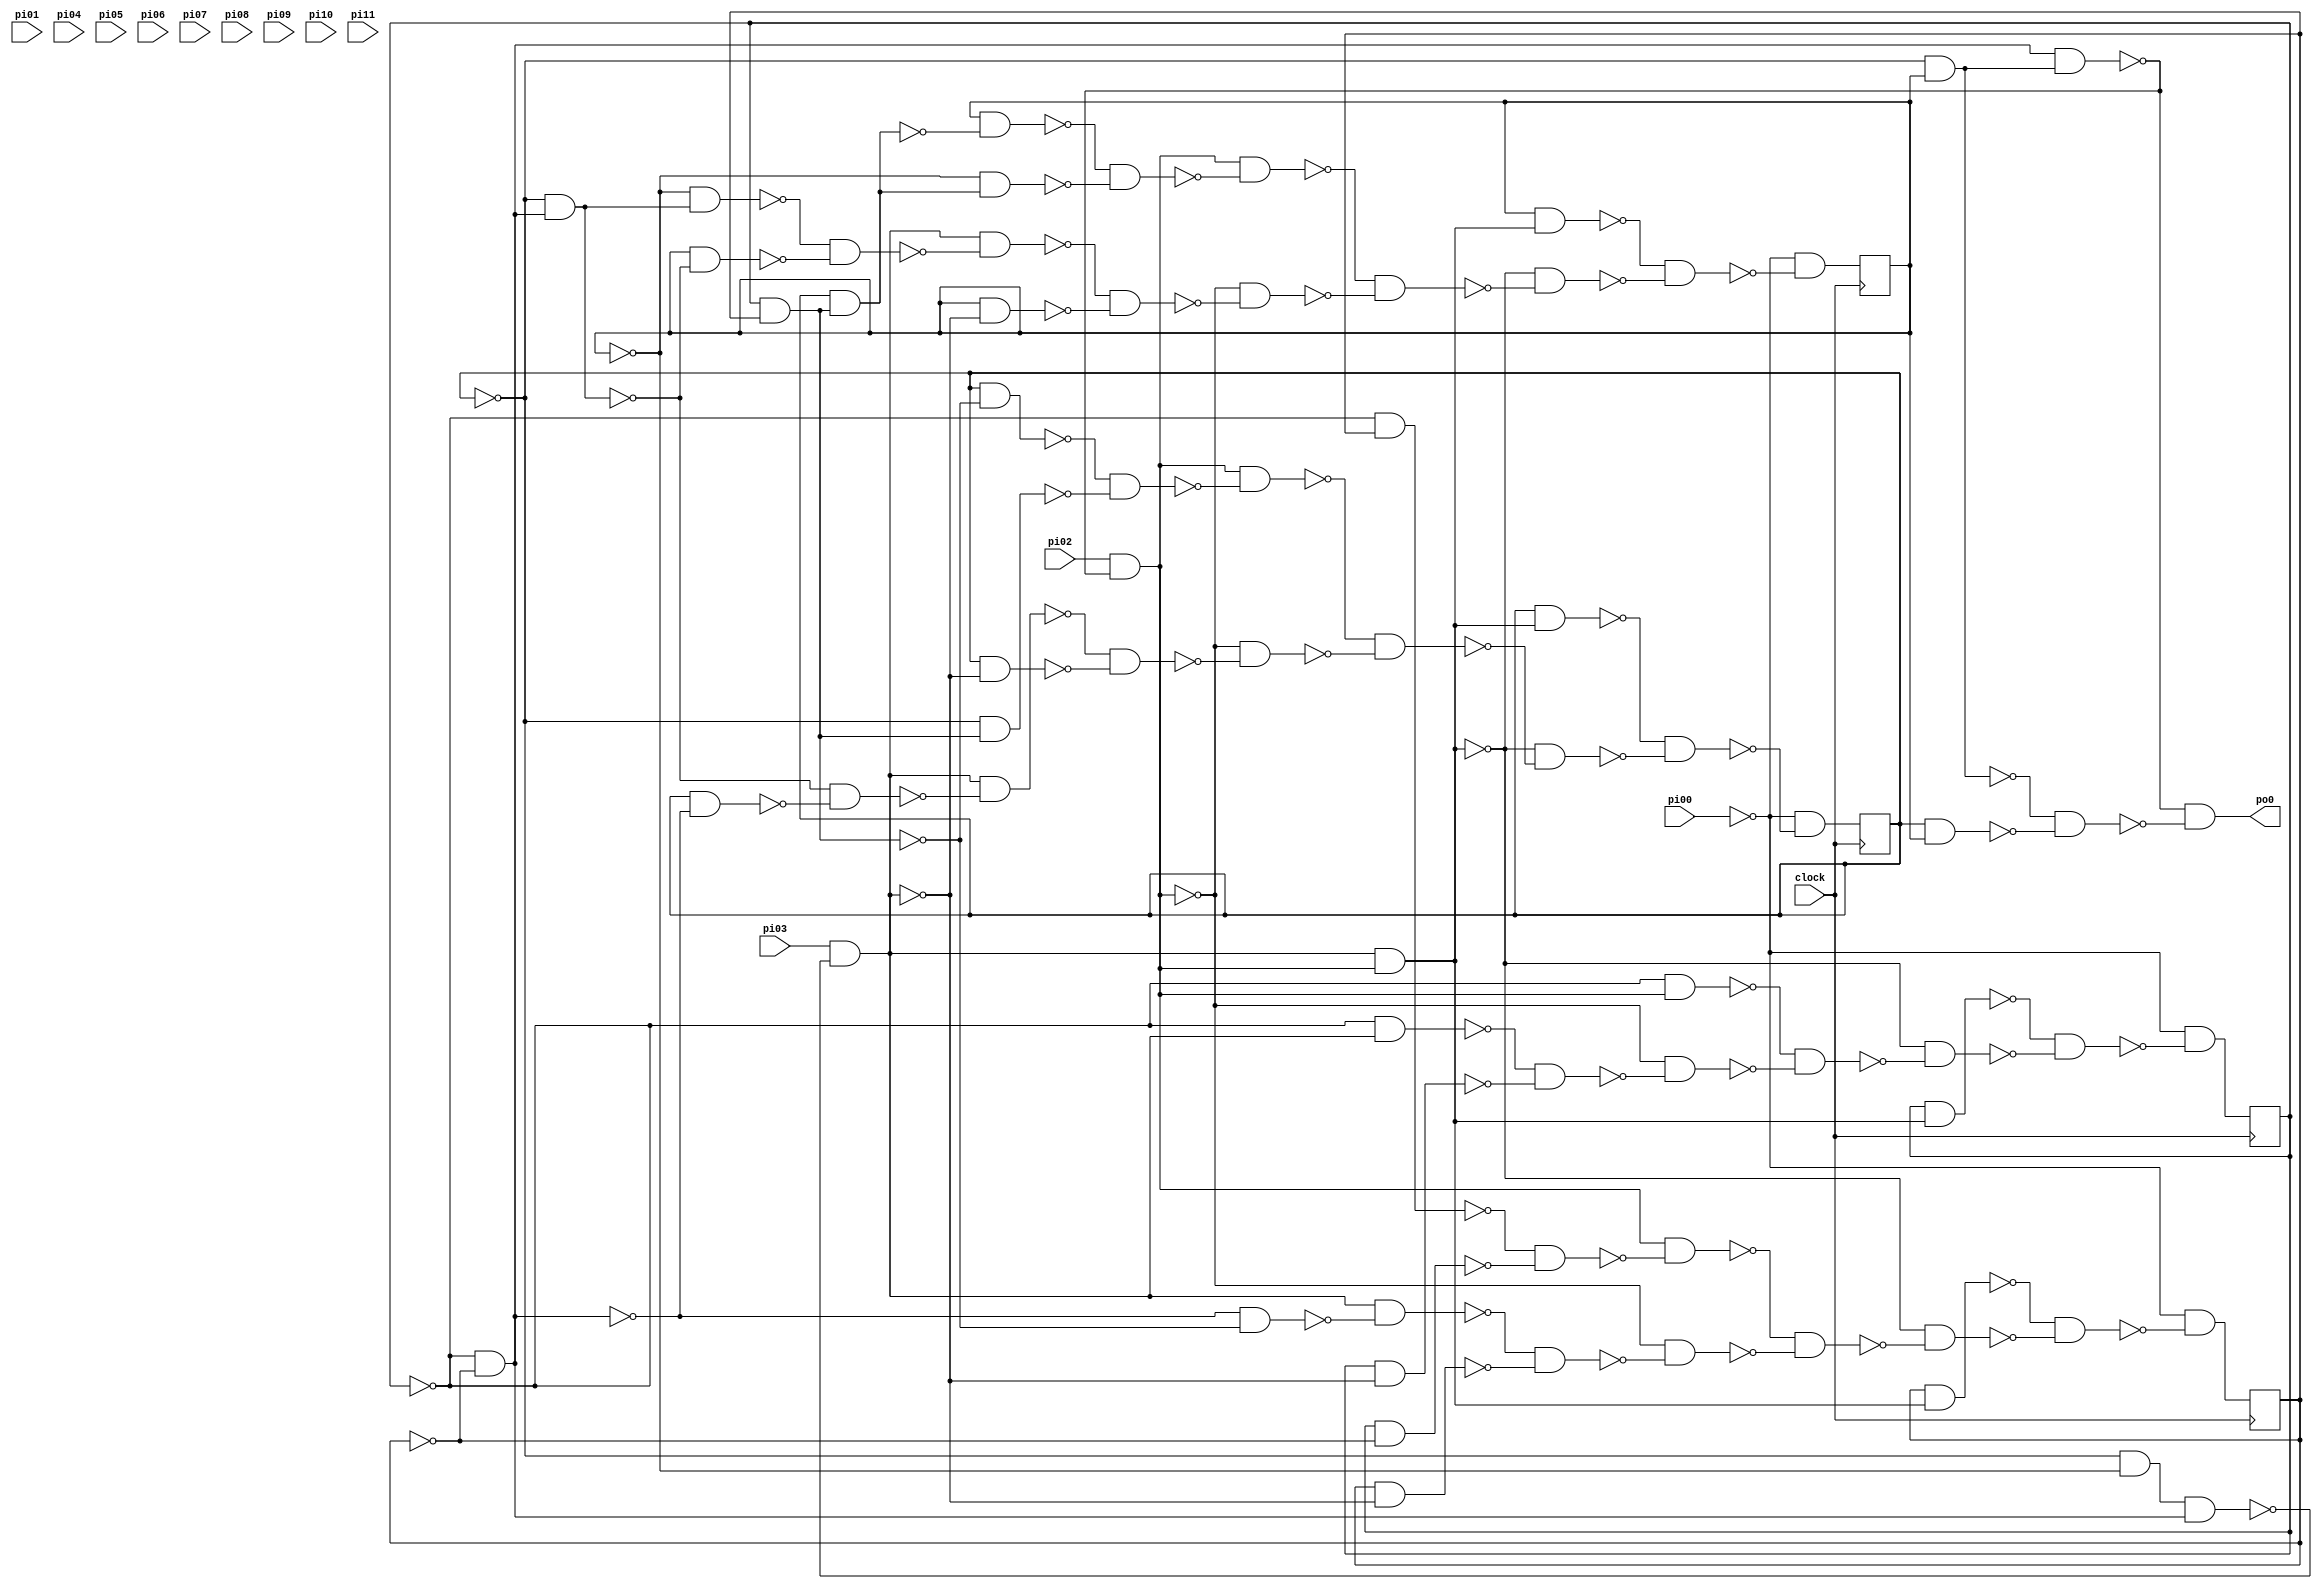
// Benchmark "fifo" written by ABC on Thu Apr 25 21:52:19 2024

module fifo ( clock, 
    pi00, pi01, pi02, pi03, pi04, pi05, pi06, pi07, pi08, pi09, pi10, pi11,
    po0  );
  input  clock;
  input  pi00, pi01, pi02, pi03, pi04, pi05, pi06, pi07, pi08, pi09,
    pi10, pi11;
  output po0;
  reg lo00, lo01, lo02, lo03, lo04, lo05, lo06, lo07, lo08, lo09, lo10,
    lo11, lo12, lo13, lo14, lo15, lo16, lo17, lo18, lo19, lo20, lo21, lo22,
    lo23, lo24, lo25, lo26, lo27, lo28, lo29, lo30, lo31, lo32, lo33, lo34,
    lo35, lo36, lo37, lo38, lo39, lo40, lo41, lo42, lo43, lo44, lo45, lo46,
    lo47, lo48, lo49, lo50, lo51, lo52, lo53, lo54, lo55, lo56, lo57, lo58,
    lo59, lo60, lo61, lo62, lo63, lo64, lo65, lo66, lo67, lo68, lo69, lo70,
    lo71, lo72, lo73, lo74, lo75, lo76, lo77, lo78, lo79, lo80, lo81;
  wire new_n260, new_n261, new_n262, new_n263, new_n264, new_n265, new_n266,
    new_n267, new_n268, new_n269, new_n270, new_n271, new_n272, new_n273,
    new_n274, new_n275, new_n276, new_n277, new_n278, new_n279, new_n280,
    new_n281, new_n282, new_n283, new_n284, new_n285, new_n286, new_n287,
    new_n289, new_n290, new_n291, new_n292, new_n293, new_n294, new_n295,
    new_n296, new_n297, new_n298, new_n299, new_n300, new_n301, new_n302,
    new_n303, new_n304, new_n305, new_n306, new_n307, new_n308, new_n309,
    new_n310, new_n311, new_n312, new_n314, new_n315, new_n316, new_n317,
    new_n318, new_n319, new_n320, new_n321, new_n322, new_n323, new_n324,
    new_n325, new_n326, new_n327, new_n328, new_n329, new_n330, new_n331,
    new_n332, new_n333, new_n334, new_n335, new_n336, new_n337, new_n339,
    new_n340, new_n341, new_n342, new_n343, new_n344, new_n345, new_n346,
    new_n347, new_n348, new_n349, new_n350, new_n351, new_n352, new_n353,
    new_n354, new_n355, new_n356, new_n357, new_n358, new_n359, new_n360,
    new_n361, new_n362, new_n364, new_n365, new_n366, new_n367, new_n368,
    new_n369, new_n370, new_n371, new_n372, new_n373, new_n374, new_n375,
    new_n376, new_n377, new_n378, new_n379, new_n380, new_n381, new_n382,
    new_n383, new_n384, new_n385, new_n386, new_n387, new_n389, new_n390,
    new_n391, new_n392, new_n393, new_n394, new_n395, new_n396, new_n397,
    new_n398, new_n399, new_n400, new_n401, new_n402, new_n403, new_n404,
    new_n405, new_n406, new_n407, new_n408, new_n409, new_n410, new_n411,
    new_n412, new_n414, new_n415, new_n416, new_n417, new_n418, new_n419,
    new_n420, new_n421, new_n422, new_n423, new_n424, new_n425, new_n426,
    new_n427, new_n428, new_n429, new_n430, new_n431, new_n432, new_n433,
    new_n434, new_n435, new_n436, new_n437, new_n439, new_n440, new_n441,
    new_n442, new_n443, new_n444, new_n445, new_n446, new_n447, new_n448,
    new_n449, new_n450, new_n451, new_n452, new_n453, new_n454, new_n455,
    new_n456, new_n457, new_n458, new_n459, new_n460, new_n461, new_n462,
    new_n464, new_n465, new_n466, new_n467, new_n468, new_n469, new_n470,
    new_n471, new_n472, new_n473, new_n474, new_n475, new_n476, new_n478,
    new_n479, new_n480, new_n481, new_n482, new_n483, new_n484, new_n485,
    new_n486, new_n487, new_n488, new_n489, new_n490, new_n491, new_n493,
    new_n494, new_n495, new_n496, new_n497, new_n498, new_n499, new_n500,
    new_n501, new_n502, new_n503, new_n504, new_n505, new_n506, new_n507,
    new_n509, new_n510, new_n511, new_n512, new_n513, new_n514, new_n515,
    new_n516, new_n517, new_n518, new_n519, new_n520, new_n521, new_n522,
    new_n523, new_n524, new_n526, new_n527, new_n528, new_n530, new_n531,
    new_n532, new_n533, new_n534, new_n535, new_n537, new_n538, new_n539,
    new_n540, new_n541, new_n542, new_n543, new_n545, new_n546, new_n547,
    new_n549, new_n550, new_n551, new_n552, new_n553, new_n554, new_n556,
    new_n557, new_n558, new_n559, new_n560, new_n561, new_n562, new_n564,
    new_n565, new_n566, new_n567, new_n568, new_n569, new_n570, new_n571,
    new_n572, new_n573, new_n574, new_n575, new_n576, new_n577, new_n578,
    new_n579, new_n580, new_n581, new_n582, new_n583, new_n584, new_n585,
    new_n586, new_n587, new_n588, new_n589, new_n590, new_n591, new_n592,
    new_n593, new_n594, new_n595, new_n596, new_n597, new_n598, new_n599,
    new_n600, new_n602, new_n603, new_n604, new_n605, new_n606, new_n607,
    new_n608, new_n609, new_n610, new_n611, new_n612, new_n613, new_n614,
    new_n615, new_n616, new_n617, new_n618, new_n619, new_n620, new_n621,
    new_n622, new_n623, new_n624, new_n625, new_n626, new_n627, new_n628,
    new_n629, new_n631, new_n632, new_n633, new_n634, new_n635, new_n636,
    new_n637, new_n638, new_n639, new_n640, new_n641, new_n642, new_n643,
    new_n644, new_n645, new_n646, new_n647, new_n648, new_n649, new_n650,
    new_n651, new_n652, new_n653, new_n654, new_n655, new_n656, new_n657,
    new_n658, new_n660, new_n661, new_n662, new_n663, new_n664, new_n665,
    new_n666, new_n667, new_n668, new_n669, new_n670, new_n671, new_n672,
    new_n673, new_n674, new_n675, new_n676, new_n677, new_n678, new_n679,
    new_n680, new_n681, new_n682, new_n683, new_n684, new_n685, new_n686,
    new_n687, new_n689, new_n690, new_n691, new_n692, new_n693, new_n694,
    new_n695, new_n696, new_n697, new_n698, new_n699, new_n700, new_n701,
    new_n702, new_n703, new_n704, new_n705, new_n706, new_n707, new_n708,
    new_n709, new_n710, new_n711, new_n712, new_n713, new_n714, new_n715,
    new_n716, new_n718, new_n719, new_n720, new_n721, new_n722, new_n723,
    new_n724, new_n725, new_n726, new_n727, new_n728, new_n729, new_n730,
    new_n731, new_n732, new_n733, new_n734, new_n735, new_n736, new_n737,
    new_n738, new_n739, new_n740, new_n741, new_n742, new_n743, new_n744,
    new_n745, new_n747, new_n748, new_n749, new_n750, new_n751, new_n752,
    new_n753, new_n754, new_n755, new_n756, new_n757, new_n758, new_n759,
    new_n760, new_n761, new_n762, new_n763, new_n764, new_n765, new_n766,
    new_n767, new_n768, new_n769, new_n770, new_n771, new_n772, new_n773,
    new_n774, new_n776, new_n777, new_n778, new_n779, new_n780, new_n781,
    new_n782, new_n783, new_n784, new_n785, new_n786, new_n787, new_n788,
    new_n789, new_n790, new_n791, new_n792, new_n793, new_n794, new_n795,
    new_n796, new_n797, new_n798, new_n799, new_n800, new_n801, new_n802,
    new_n803, new_n805, new_n806, new_n807, new_n808, new_n809, new_n810,
    new_n811, new_n812, new_n813, new_n815, new_n816, new_n817, new_n818,
    new_n819, new_n821, new_n822, new_n823, new_n824, new_n825, new_n827,
    new_n828, new_n829, new_n830, new_n831, new_n833, new_n834, new_n835,
    new_n836, new_n837, new_n839, new_n840, new_n841, new_n842, new_n843,
    new_n845, new_n846, new_n847, new_n848, new_n849, new_n851, new_n852,
    new_n853, new_n854, new_n855, new_n857, new_n858, new_n859, new_n860,
    new_n861, new_n862, new_n863, new_n864, new_n865, new_n866, new_n867,
    new_n869, new_n870, new_n871, new_n872, new_n873, new_n875, new_n876,
    new_n877, new_n878, new_n879, new_n881, new_n882, new_n883, new_n884,
    new_n885, new_n887, new_n888, new_n889, new_n890, new_n891, new_n893,
    new_n894, new_n895, new_n896, new_n897, new_n899, new_n900, new_n901,
    new_n902, new_n903, new_n905, new_n906, new_n907, new_n908, new_n909,
    new_n911, new_n912, new_n913, new_n914, new_n915, new_n916, new_n917,
    new_n918, new_n919, new_n920, new_n921, new_n923, new_n924, new_n925,
    new_n926, new_n927, new_n929, new_n930, new_n931, new_n932, new_n933,
    new_n935, new_n936, new_n937, new_n938, new_n939, new_n941, new_n942,
    new_n943, new_n944, new_n945, new_n947, new_n948, new_n949, new_n950,
    new_n951, new_n953, new_n954, new_n955, new_n956, new_n957, new_n959,
    new_n960, new_n961, new_n962, new_n963, new_n965, new_n966, new_n967,
    new_n968, new_n969, new_n970, new_n971, new_n972, new_n973, new_n975,
    new_n976, new_n977, new_n978, new_n979, new_n981, new_n982, new_n983,
    new_n984, new_n985, new_n987, new_n988, new_n989, new_n990, new_n991,
    new_n993, new_n994, new_n995, new_n996, new_n997, new_n999, new_n1000,
    new_n1001, new_n1002, new_n1003, new_n1005, new_n1006, new_n1007,
    new_n1008, new_n1009, new_n1011, new_n1012, new_n1013, new_n1014,
    new_n1015, new_n1017, new_n1018, new_n1019, new_n1020, new_n1021,
    new_n1022, new_n1023, new_n1024, new_n1025, new_n1027, new_n1028,
    new_n1029, new_n1030, new_n1031, new_n1033, new_n1034, new_n1035,
    new_n1036, new_n1037, new_n1039, new_n1040, new_n1041, new_n1042,
    new_n1043, new_n1045, new_n1046, new_n1047, new_n1048, new_n1049,
    new_n1051, new_n1052, new_n1053, new_n1054, new_n1055, new_n1057,
    new_n1058, new_n1059, new_n1060, new_n1061, new_n1063, new_n1064,
    new_n1065, new_n1066, new_n1067, new_n1069, new_n1070, new_n1071,
    new_n1072, new_n1073, new_n1074, new_n1075, new_n1076, new_n1077,
    new_n1078, new_n1079, new_n1081, new_n1082, new_n1083, new_n1084,
    new_n1085, new_n1087, new_n1088, new_n1089, new_n1090, new_n1091,
    new_n1093, new_n1094, new_n1095, new_n1096, new_n1097, new_n1099,
    new_n1100, new_n1101, new_n1102, new_n1103, new_n1105, new_n1106,
    new_n1107, new_n1108, new_n1109, new_n1111, new_n1112, new_n1113,
    new_n1114, new_n1115, new_n1117, new_n1118, new_n1119, new_n1120,
    new_n1121, new_n1123, new_n1124, new_n1125, new_n1126, new_n1127,
    new_n1128, new_n1129, new_n1130, new_n1131, new_n1133, new_n1134,
    new_n1135, new_n1136, new_n1137, new_n1139, new_n1140, new_n1141,
    new_n1142, new_n1143, new_n1145, new_n1146, new_n1147, new_n1148,
    new_n1149, new_n1151, new_n1152, new_n1153, new_n1154, new_n1155,
    new_n1157, new_n1158, new_n1159, new_n1160, new_n1161, new_n1163,
    new_n1164, new_n1165, new_n1166, new_n1167, new_n1169, new_n1170,
    new_n1171, new_n1172, new_n1173, new_n1175, new_n1176, li00, li01,
    li02, li03, li04, li05, li06, li07, li08, li09, li10, li11, li12, li13,
    li14, li15, li16, li17, li18, li19, li20, li21, li22, li23, li24, li25,
    li26, li27, li28, li29, li30, li31, li32, li33, li34, li35, li36, li37,
    li38, li39, li40, li41, li42, li43, li44, li45, li46, li47, li48, li49,
    li50, li51, li52, li53, li54, li55, li56, li57, li58, li59, li60, li61,
    li62, li63, li64, li65, li66, li67, li68, li69, li70, li71, li72, li73,
    li74, li75, li76, li77, li78, li79, li80, li81;
  assign new_n260 = lo12 & lo34;
  assign new_n261 = ~lo12 & lo58;
  assign new_n262 = ~new_n260 & ~new_n261;
  assign new_n263 = lo13 & ~new_n262;
  assign new_n264 = lo12 & lo66;
  assign new_n265 = ~lo12 & lo74;
  assign new_n266 = ~new_n264 & ~new_n265;
  assign new_n267 = ~lo13 & ~new_n266;
  assign new_n268 = ~new_n263 & ~new_n267;
  assign new_n269 = lo14 & ~new_n268;
  assign new_n270 = lo12 & lo26;
  assign new_n271 = ~lo12 & lo18;
  assign new_n272 = ~new_n270 & ~new_n271;
  assign new_n273 = lo13 & ~new_n272;
  assign new_n274 = lo12 & lo42;
  assign new_n275 = ~lo12 & lo50;
  assign new_n276 = ~new_n274 & ~new_n275;
  assign new_n277 = ~lo13 & ~new_n276;
  assign new_n278 = ~new_n273 & ~new_n277;
  assign new_n279 = ~lo14 & ~new_n278;
  assign new_n280 = ~new_n269 & ~new_n279;
  assign new_n281 = ~lo10 & ~lo11;
  assign new_n282 = ~lo08 & ~lo09;
  assign new_n283 = new_n281 & new_n282;
  assign new_n284 = pi03 & ~new_n283;
  assign new_n285 = ~new_n280 & new_n284;
  assign new_n286 = lo00 & ~new_n284;
  assign new_n287 = ~new_n285 & ~new_n286;
  assign li00 = ~pi00 & ~new_n287;
  assign new_n289 = lo12 & lo35;
  assign new_n290 = ~lo12 & lo59;
  assign new_n291 = ~new_n289 & ~new_n290;
  assign new_n292 = lo13 & ~new_n291;
  assign new_n293 = lo12 & lo67;
  assign new_n294 = ~lo12 & lo75;
  assign new_n295 = ~new_n293 & ~new_n294;
  assign new_n296 = ~lo13 & ~new_n295;
  assign new_n297 = ~new_n292 & ~new_n296;
  assign new_n298 = lo14 & ~new_n297;
  assign new_n299 = lo12 & lo27;
  assign new_n300 = ~lo12 & lo19;
  assign new_n301 = ~new_n299 & ~new_n300;
  assign new_n302 = lo13 & ~new_n301;
  assign new_n303 = lo12 & lo43;
  assign new_n304 = ~lo12 & lo51;
  assign new_n305 = ~new_n303 & ~new_n304;
  assign new_n306 = ~lo13 & ~new_n305;
  assign new_n307 = ~new_n302 & ~new_n306;
  assign new_n308 = ~lo14 & ~new_n307;
  assign new_n309 = ~new_n298 & ~new_n308;
  assign new_n310 = new_n284 & ~new_n309;
  assign new_n311 = lo01 & ~new_n284;
  assign new_n312 = ~new_n310 & ~new_n311;
  assign li01 = ~pi00 & ~new_n312;
  assign new_n314 = lo12 & lo36;
  assign new_n315 = ~lo12 & lo60;
  assign new_n316 = ~new_n314 & ~new_n315;
  assign new_n317 = lo13 & ~new_n316;
  assign new_n318 = lo12 & lo68;
  assign new_n319 = ~lo12 & lo76;
  assign new_n320 = ~new_n318 & ~new_n319;
  assign new_n321 = ~lo13 & ~new_n320;
  assign new_n322 = ~new_n317 & ~new_n321;
  assign new_n323 = lo14 & ~new_n322;
  assign new_n324 = lo12 & lo28;
  assign new_n325 = ~lo12 & lo20;
  assign new_n326 = ~new_n324 & ~new_n325;
  assign new_n327 = lo13 & ~new_n326;
  assign new_n328 = lo12 & lo44;
  assign new_n329 = ~lo12 & lo52;
  assign new_n330 = ~new_n328 & ~new_n329;
  assign new_n331 = ~lo13 & ~new_n330;
  assign new_n332 = ~new_n327 & ~new_n331;
  assign new_n333 = ~lo14 & ~new_n332;
  assign new_n334 = ~new_n323 & ~new_n333;
  assign new_n335 = new_n284 & ~new_n334;
  assign new_n336 = lo02 & ~new_n284;
  assign new_n337 = ~new_n335 & ~new_n336;
  assign li02 = ~pi00 & ~new_n337;
  assign new_n339 = lo12 & lo37;
  assign new_n340 = ~lo12 & lo61;
  assign new_n341 = ~new_n339 & ~new_n340;
  assign new_n342 = lo13 & ~new_n341;
  assign new_n343 = lo12 & lo69;
  assign new_n344 = ~lo12 & lo77;
  assign new_n345 = ~new_n343 & ~new_n344;
  assign new_n346 = ~lo13 & ~new_n345;
  assign new_n347 = ~new_n342 & ~new_n346;
  assign new_n348 = lo14 & ~new_n347;
  assign new_n349 = lo12 & lo29;
  assign new_n350 = ~lo12 & lo21;
  assign new_n351 = ~new_n349 & ~new_n350;
  assign new_n352 = lo13 & ~new_n351;
  assign new_n353 = lo12 & lo45;
  assign new_n354 = ~lo12 & lo53;
  assign new_n355 = ~new_n353 & ~new_n354;
  assign new_n356 = ~lo13 & ~new_n355;
  assign new_n357 = ~new_n352 & ~new_n356;
  assign new_n358 = ~lo14 & ~new_n357;
  assign new_n359 = ~new_n348 & ~new_n358;
  assign new_n360 = new_n284 & ~new_n359;
  assign new_n361 = lo03 & ~new_n284;
  assign new_n362 = ~new_n360 & ~new_n361;
  assign li03 = ~pi00 & ~new_n362;
  assign new_n364 = lo12 & lo38;
  assign new_n365 = ~lo12 & lo62;
  assign new_n366 = ~new_n364 & ~new_n365;
  assign new_n367 = lo13 & ~new_n366;
  assign new_n368 = lo12 & lo70;
  assign new_n369 = ~lo12 & lo78;
  assign new_n370 = ~new_n368 & ~new_n369;
  assign new_n371 = ~lo13 & ~new_n370;
  assign new_n372 = ~new_n367 & ~new_n371;
  assign new_n373 = lo14 & ~new_n372;
  assign new_n374 = lo12 & lo30;
  assign new_n375 = ~lo12 & lo22;
  assign new_n376 = ~new_n374 & ~new_n375;
  assign new_n377 = lo13 & ~new_n376;
  assign new_n378 = lo12 & lo46;
  assign new_n379 = ~lo12 & lo54;
  assign new_n380 = ~new_n378 & ~new_n379;
  assign new_n381 = ~lo13 & ~new_n380;
  assign new_n382 = ~new_n377 & ~new_n381;
  assign new_n383 = ~lo14 & ~new_n382;
  assign new_n384 = ~new_n373 & ~new_n383;
  assign new_n385 = new_n284 & ~new_n384;
  assign new_n386 = lo04 & ~new_n284;
  assign new_n387 = ~new_n385 & ~new_n386;
  assign li04 = ~pi00 & ~new_n387;
  assign new_n389 = lo12 & lo39;
  assign new_n390 = ~lo12 & lo63;
  assign new_n391 = ~new_n389 & ~new_n390;
  assign new_n392 = lo13 & ~new_n391;
  assign new_n393 = lo12 & lo71;
  assign new_n394 = ~lo12 & lo79;
  assign new_n395 = ~new_n393 & ~new_n394;
  assign new_n396 = ~lo13 & ~new_n395;
  assign new_n397 = ~new_n392 & ~new_n396;
  assign new_n398 = lo14 & ~new_n397;
  assign new_n399 = lo12 & lo31;
  assign new_n400 = ~lo12 & lo23;
  assign new_n401 = ~new_n399 & ~new_n400;
  assign new_n402 = lo13 & ~new_n401;
  assign new_n403 = lo12 & lo47;
  assign new_n404 = ~lo12 & lo55;
  assign new_n405 = ~new_n403 & ~new_n404;
  assign new_n406 = ~lo13 & ~new_n405;
  assign new_n407 = ~new_n402 & ~new_n406;
  assign new_n408 = ~lo14 & ~new_n407;
  assign new_n409 = ~new_n398 & ~new_n408;
  assign new_n410 = new_n284 & ~new_n409;
  assign new_n411 = lo05 & ~new_n284;
  assign new_n412 = ~new_n410 & ~new_n411;
  assign li05 = ~pi00 & ~new_n412;
  assign new_n414 = lo12 & lo40;
  assign new_n415 = ~lo12 & lo64;
  assign new_n416 = ~new_n414 & ~new_n415;
  assign new_n417 = lo13 & ~new_n416;
  assign new_n418 = lo12 & lo72;
  assign new_n419 = ~lo12 & lo80;
  assign new_n420 = ~new_n418 & ~new_n419;
  assign new_n421 = ~lo13 & ~new_n420;
  assign new_n422 = ~new_n417 & ~new_n421;
  assign new_n423 = lo14 & ~new_n422;
  assign new_n424 = lo12 & lo32;
  assign new_n425 = ~lo12 & lo24;
  assign new_n426 = ~new_n424 & ~new_n425;
  assign new_n427 = lo13 & ~new_n426;
  assign new_n428 = lo12 & lo48;
  assign new_n429 = ~lo12 & lo56;
  assign new_n430 = ~new_n428 & ~new_n429;
  assign new_n431 = ~lo13 & ~new_n430;
  assign new_n432 = ~new_n427 & ~new_n431;
  assign new_n433 = ~lo14 & ~new_n432;
  assign new_n434 = ~new_n423 & ~new_n433;
  assign new_n435 = new_n284 & ~new_n434;
  assign new_n436 = lo06 & ~new_n284;
  assign new_n437 = ~new_n435 & ~new_n436;
  assign li06 = ~pi00 & ~new_n437;
  assign new_n439 = lo12 & lo41;
  assign new_n440 = ~lo12 & lo65;
  assign new_n441 = ~new_n439 & ~new_n440;
  assign new_n442 = lo13 & ~new_n441;
  assign new_n443 = lo12 & lo73;
  assign new_n444 = ~lo12 & lo81;
  assign new_n445 = ~new_n443 & ~new_n444;
  assign new_n446 = ~lo13 & ~new_n445;
  assign new_n447 = ~new_n442 & ~new_n446;
  assign new_n448 = lo14 & ~new_n447;
  assign new_n449 = lo12 & lo33;
  assign new_n450 = ~lo12 & lo25;
  assign new_n451 = ~new_n449 & ~new_n450;
  assign new_n452 = lo13 & ~new_n451;
  assign new_n453 = lo12 & lo49;
  assign new_n454 = ~lo12 & lo57;
  assign new_n455 = ~new_n453 & ~new_n454;
  assign new_n456 = ~lo13 & ~new_n455;
  assign new_n457 = ~new_n452 & ~new_n456;
  assign new_n458 = ~lo14 & ~new_n457;
  assign new_n459 = ~new_n448 & ~new_n458;
  assign new_n460 = new_n284 & ~new_n459;
  assign new_n461 = lo07 & ~new_n284;
  assign new_n462 = ~new_n460 & ~new_n461;
  assign li07 = ~pi00 & ~new_n462;
  assign new_n464 = ~lo10 & lo11;
  assign new_n465 = new_n282 & new_n464;
  assign new_n466 = pi02 & ~new_n465;
  assign new_n467 = new_n284 & new_n466;
  assign new_n468 = lo08 & new_n467;
  assign new_n469 = ~lo08 & new_n466;
  assign new_n470 = ~lo08 & new_n284;
  assign new_n471 = lo08 & ~new_n284;
  assign new_n472 = ~new_n470 & ~new_n471;
  assign new_n473 = ~new_n466 & ~new_n472;
  assign new_n474 = ~new_n469 & ~new_n473;
  assign new_n475 = ~new_n467 & ~new_n474;
  assign new_n476 = ~new_n468 & ~new_n475;
  assign li08 = ~pi00 & ~new_n476;
  assign new_n478 = lo09 & new_n467;
  assign new_n479 = ~lo08 & lo09;
  assign new_n480 = lo08 & ~lo09;
  assign new_n481 = ~new_n479 & ~new_n480;
  assign new_n482 = new_n466 & ~new_n481;
  assign new_n483 = lo08 & lo09;
  assign new_n484 = ~new_n282 & ~new_n483;
  assign new_n485 = new_n284 & ~new_n484;
  assign new_n486 = lo09 & ~new_n284;
  assign new_n487 = ~new_n485 & ~new_n486;
  assign new_n488 = ~new_n466 & ~new_n487;
  assign new_n489 = ~new_n482 & ~new_n488;
  assign new_n490 = ~new_n467 & ~new_n489;
  assign new_n491 = ~new_n478 & ~new_n490;
  assign li09 = ~pi00 & ~new_n491;
  assign new_n493 = lo10 & new_n467;
  assign new_n494 = lo10 & ~new_n483;
  assign new_n495 = ~lo10 & new_n483;
  assign new_n496 = ~new_n494 & ~new_n495;
  assign new_n497 = new_n466 & ~new_n496;
  assign new_n498 = ~lo10 & new_n282;
  assign new_n499 = lo10 & ~new_n282;
  assign new_n500 = ~new_n498 & ~new_n499;
  assign new_n501 = new_n284 & ~new_n500;
  assign new_n502 = lo10 & ~new_n284;
  assign new_n503 = ~new_n501 & ~new_n502;
  assign new_n504 = ~new_n466 & ~new_n503;
  assign new_n505 = ~new_n497 & ~new_n504;
  assign new_n506 = ~new_n467 & ~new_n505;
  assign new_n507 = ~new_n493 & ~new_n506;
  assign li10 = ~pi00 & ~new_n507;
  assign new_n509 = lo11 & new_n467;
  assign new_n510 = lo10 & new_n483;
  assign new_n511 = lo11 & ~new_n510;
  assign new_n512 = ~lo11 & new_n510;
  assign new_n513 = ~new_n511 & ~new_n512;
  assign new_n514 = new_n466 & ~new_n513;
  assign new_n515 = ~lo11 & new_n498;
  assign new_n516 = lo11 & ~new_n498;
  assign new_n517 = ~new_n515 & ~new_n516;
  assign new_n518 = new_n284 & ~new_n517;
  assign new_n519 = lo11 & ~new_n284;
  assign new_n520 = ~new_n518 & ~new_n519;
  assign new_n521 = ~new_n466 & ~new_n520;
  assign new_n522 = ~new_n514 & ~new_n521;
  assign new_n523 = ~new_n467 & ~new_n522;
  assign new_n524 = ~new_n509 & ~new_n523;
  assign li11 = ~pi00 & ~new_n524;
  assign new_n526 = ~lo12 & new_n284;
  assign new_n527 = lo12 & ~new_n284;
  assign new_n528 = ~new_n526 & ~new_n527;
  assign li12 = ~pi00 & ~new_n528;
  assign new_n530 = ~lo12 & lo13;
  assign new_n531 = lo12 & ~lo13;
  assign new_n532 = ~new_n530 & ~new_n531;
  assign new_n533 = new_n284 & ~new_n532;
  assign new_n534 = lo13 & ~new_n284;
  assign new_n535 = ~new_n533 & ~new_n534;
  assign li13 = ~pi00 & ~new_n535;
  assign new_n537 = lo12 & lo13;
  assign new_n538 = lo14 & ~new_n537;
  assign new_n539 = ~lo14 & new_n537;
  assign new_n540 = ~new_n538 & ~new_n539;
  assign new_n541 = new_n284 & ~new_n540;
  assign new_n542 = lo14 & ~new_n284;
  assign new_n543 = ~new_n541 & ~new_n542;
  assign li14 = ~pi00 & ~new_n543;
  assign new_n545 = ~lo15 & new_n466;
  assign new_n546 = lo15 & ~new_n466;
  assign new_n547 = ~new_n545 & ~new_n546;
  assign li15 = ~pi00 & ~new_n547;
  assign new_n549 = ~lo15 & lo16;
  assign new_n550 = lo15 & ~lo16;
  assign new_n551 = ~new_n549 & ~new_n550;
  assign new_n552 = new_n466 & ~new_n551;
  assign new_n553 = lo16 & ~new_n466;
  assign new_n554 = ~new_n552 & ~new_n553;
  assign li16 = ~pi00 & ~new_n554;
  assign new_n556 = lo15 & lo16;
  assign new_n557 = lo17 & ~new_n556;
  assign new_n558 = ~lo17 & new_n556;
  assign new_n559 = ~new_n557 & ~new_n558;
  assign new_n560 = new_n466 & ~new_n559;
  assign new_n561 = lo17 & ~new_n466;
  assign new_n562 = ~new_n560 & ~new_n561;
  assign li17 = ~pi00 & ~new_n562;
  assign new_n564 = new_n553 & ~new_n561;
  assign new_n565 = ~new_n546 & new_n564;
  assign new_n566 = ~new_n466 & new_n565;
  assign new_n567 = lo15 & lo34;
  assign new_n568 = ~lo15 & lo58;
  assign new_n569 = ~new_n567 & ~new_n568;
  assign new_n570 = lo16 & ~new_n569;
  assign new_n571 = lo15 & lo66;
  assign new_n572 = ~lo15 & lo74;
  assign new_n573 = ~new_n571 & ~new_n572;
  assign new_n574 = ~lo16 & ~new_n573;
  assign new_n575 = ~new_n570 & ~new_n574;
  assign new_n576 = lo17 & ~new_n575;
  assign new_n577 = lo15 & lo26;
  assign new_n578 = ~lo15 & lo18;
  assign new_n579 = ~new_n577 & ~new_n578;
  assign new_n580 = lo16 & ~new_n579;
  assign new_n581 = lo15 & lo42;
  assign new_n582 = ~lo15 & lo50;
  assign new_n583 = ~new_n581 & ~new_n582;
  assign new_n584 = ~lo16 & ~new_n583;
  assign new_n585 = ~new_n580 & ~new_n584;
  assign new_n586 = ~lo17 & ~new_n585;
  assign new_n587 = ~new_n576 & ~new_n586;
  assign new_n588 = ~new_n466 & ~new_n587;
  assign new_n589 = new_n566 & new_n588;
  assign new_n590 = lo17 & new_n466;
  assign new_n591 = lo16 & new_n466;
  assign new_n592 = ~new_n590 & new_n591;
  assign new_n593 = lo15 & new_n466;
  assign new_n594 = new_n592 & ~new_n593;
  assign new_n595 = new_n466 & new_n594;
  assign new_n596 = pi04 & new_n466;
  assign new_n597 = new_n595 & new_n596;
  assign new_n598 = lo18 & ~new_n595;
  assign new_n599 = ~new_n597 & ~new_n598;
  assign new_n600 = ~new_n566 & ~new_n599;
  assign li18 = new_n589 | new_n600;
  assign new_n602 = lo15 & lo35;
  assign new_n603 = ~lo15 & lo59;
  assign new_n604 = ~new_n602 & ~new_n603;
  assign new_n605 = lo16 & ~new_n604;
  assign new_n606 = lo15 & lo67;
  assign new_n607 = ~lo15 & lo75;
  assign new_n608 = ~new_n606 & ~new_n607;
  assign new_n609 = ~lo16 & ~new_n608;
  assign new_n610 = ~new_n605 & ~new_n609;
  assign new_n611 = lo17 & ~new_n610;
  assign new_n612 = lo15 & lo27;
  assign new_n613 = ~lo15 & lo19;
  assign new_n614 = ~new_n612 & ~new_n613;
  assign new_n615 = lo16 & ~new_n614;
  assign new_n616 = lo15 & lo43;
  assign new_n617 = ~lo15 & lo51;
  assign new_n618 = ~new_n616 & ~new_n617;
  assign new_n619 = ~lo16 & ~new_n618;
  assign new_n620 = ~new_n615 & ~new_n619;
  assign new_n621 = ~lo17 & ~new_n620;
  assign new_n622 = ~new_n611 & ~new_n621;
  assign new_n623 = ~new_n466 & ~new_n622;
  assign new_n624 = new_n566 & new_n623;
  assign new_n625 = pi05 & new_n466;
  assign new_n626 = new_n595 & new_n625;
  assign new_n627 = lo19 & ~new_n595;
  assign new_n628 = ~new_n626 & ~new_n627;
  assign new_n629 = ~new_n566 & ~new_n628;
  assign li19 = new_n624 | new_n629;
  assign new_n631 = lo15 & lo36;
  assign new_n632 = ~lo15 & lo60;
  assign new_n633 = ~new_n631 & ~new_n632;
  assign new_n634 = lo16 & ~new_n633;
  assign new_n635 = lo15 & lo68;
  assign new_n636 = ~lo15 & lo76;
  assign new_n637 = ~new_n635 & ~new_n636;
  assign new_n638 = ~lo16 & ~new_n637;
  assign new_n639 = ~new_n634 & ~new_n638;
  assign new_n640 = lo17 & ~new_n639;
  assign new_n641 = lo15 & lo28;
  assign new_n642 = ~lo15 & lo20;
  assign new_n643 = ~new_n641 & ~new_n642;
  assign new_n644 = lo16 & ~new_n643;
  assign new_n645 = lo15 & lo44;
  assign new_n646 = ~lo15 & lo52;
  assign new_n647 = ~new_n645 & ~new_n646;
  assign new_n648 = ~lo16 & ~new_n647;
  assign new_n649 = ~new_n644 & ~new_n648;
  assign new_n650 = ~lo17 & ~new_n649;
  assign new_n651 = ~new_n640 & ~new_n650;
  assign new_n652 = ~new_n466 & ~new_n651;
  assign new_n653 = new_n566 & new_n652;
  assign new_n654 = pi06 & new_n466;
  assign new_n655 = new_n595 & new_n654;
  assign new_n656 = lo20 & ~new_n595;
  assign new_n657 = ~new_n655 & ~new_n656;
  assign new_n658 = ~new_n566 & ~new_n657;
  assign li20 = new_n653 | new_n658;
  assign new_n660 = lo15 & lo37;
  assign new_n661 = ~lo15 & lo61;
  assign new_n662 = ~new_n660 & ~new_n661;
  assign new_n663 = lo16 & ~new_n662;
  assign new_n664 = lo15 & lo69;
  assign new_n665 = ~lo15 & lo77;
  assign new_n666 = ~new_n664 & ~new_n665;
  assign new_n667 = ~lo16 & ~new_n666;
  assign new_n668 = ~new_n663 & ~new_n667;
  assign new_n669 = lo17 & ~new_n668;
  assign new_n670 = lo15 & lo29;
  assign new_n671 = ~lo15 & lo21;
  assign new_n672 = ~new_n670 & ~new_n671;
  assign new_n673 = lo16 & ~new_n672;
  assign new_n674 = lo15 & lo45;
  assign new_n675 = ~lo15 & lo53;
  assign new_n676 = ~new_n674 & ~new_n675;
  assign new_n677 = ~lo16 & ~new_n676;
  assign new_n678 = ~new_n673 & ~new_n677;
  assign new_n679 = ~lo17 & ~new_n678;
  assign new_n680 = ~new_n669 & ~new_n679;
  assign new_n681 = ~new_n466 & ~new_n680;
  assign new_n682 = new_n566 & new_n681;
  assign new_n683 = pi07 & new_n466;
  assign new_n684 = new_n595 & new_n683;
  assign new_n685 = lo21 & ~new_n595;
  assign new_n686 = ~new_n684 & ~new_n685;
  assign new_n687 = ~new_n566 & ~new_n686;
  assign li21 = new_n682 | new_n687;
  assign new_n689 = lo15 & lo38;
  assign new_n690 = ~lo15 & lo62;
  assign new_n691 = ~new_n689 & ~new_n690;
  assign new_n692 = lo16 & ~new_n691;
  assign new_n693 = lo15 & lo70;
  assign new_n694 = ~lo15 & lo78;
  assign new_n695 = ~new_n693 & ~new_n694;
  assign new_n696 = ~lo16 & ~new_n695;
  assign new_n697 = ~new_n692 & ~new_n696;
  assign new_n698 = lo17 & ~new_n697;
  assign new_n699 = lo15 & lo30;
  assign new_n700 = ~lo15 & lo22;
  assign new_n701 = ~new_n699 & ~new_n700;
  assign new_n702 = lo16 & ~new_n701;
  assign new_n703 = lo15 & lo46;
  assign new_n704 = ~lo15 & lo54;
  assign new_n705 = ~new_n703 & ~new_n704;
  assign new_n706 = ~lo16 & ~new_n705;
  assign new_n707 = ~new_n702 & ~new_n706;
  assign new_n708 = ~lo17 & ~new_n707;
  assign new_n709 = ~new_n698 & ~new_n708;
  assign new_n710 = ~new_n466 & ~new_n709;
  assign new_n711 = new_n566 & new_n710;
  assign new_n712 = pi08 & new_n466;
  assign new_n713 = new_n595 & new_n712;
  assign new_n714 = lo22 & ~new_n595;
  assign new_n715 = ~new_n713 & ~new_n714;
  assign new_n716 = ~new_n566 & ~new_n715;
  assign li22 = new_n711 | new_n716;
  assign new_n718 = lo15 & lo39;
  assign new_n719 = ~lo15 & lo63;
  assign new_n720 = ~new_n718 & ~new_n719;
  assign new_n721 = lo16 & ~new_n720;
  assign new_n722 = lo15 & lo71;
  assign new_n723 = ~lo15 & lo79;
  assign new_n724 = ~new_n722 & ~new_n723;
  assign new_n725 = ~lo16 & ~new_n724;
  assign new_n726 = ~new_n721 & ~new_n725;
  assign new_n727 = lo17 & ~new_n726;
  assign new_n728 = lo15 & lo31;
  assign new_n729 = ~lo15 & lo23;
  assign new_n730 = ~new_n728 & ~new_n729;
  assign new_n731 = lo16 & ~new_n730;
  assign new_n732 = lo15 & lo47;
  assign new_n733 = ~lo15 & lo55;
  assign new_n734 = ~new_n732 & ~new_n733;
  assign new_n735 = ~lo16 & ~new_n734;
  assign new_n736 = ~new_n731 & ~new_n735;
  assign new_n737 = ~lo17 & ~new_n736;
  assign new_n738 = ~new_n727 & ~new_n737;
  assign new_n739 = ~new_n466 & ~new_n738;
  assign new_n740 = new_n566 & new_n739;
  assign new_n741 = pi09 & new_n466;
  assign new_n742 = new_n595 & new_n741;
  assign new_n743 = lo23 & ~new_n595;
  assign new_n744 = ~new_n742 & ~new_n743;
  assign new_n745 = ~new_n566 & ~new_n744;
  assign li23 = new_n740 | new_n745;
  assign new_n747 = lo15 & lo40;
  assign new_n748 = ~lo15 & lo64;
  assign new_n749 = ~new_n747 & ~new_n748;
  assign new_n750 = lo16 & ~new_n749;
  assign new_n751 = lo15 & lo72;
  assign new_n752 = ~lo15 & lo80;
  assign new_n753 = ~new_n751 & ~new_n752;
  assign new_n754 = ~lo16 & ~new_n753;
  assign new_n755 = ~new_n750 & ~new_n754;
  assign new_n756 = lo17 & ~new_n755;
  assign new_n757 = lo15 & lo32;
  assign new_n758 = ~lo15 & lo24;
  assign new_n759 = ~new_n757 & ~new_n758;
  assign new_n760 = lo16 & ~new_n759;
  assign new_n761 = lo15 & lo48;
  assign new_n762 = ~lo15 & lo56;
  assign new_n763 = ~new_n761 & ~new_n762;
  assign new_n764 = ~lo16 & ~new_n763;
  assign new_n765 = ~new_n760 & ~new_n764;
  assign new_n766 = ~lo17 & ~new_n765;
  assign new_n767 = ~new_n756 & ~new_n766;
  assign new_n768 = ~new_n466 & ~new_n767;
  assign new_n769 = new_n566 & new_n768;
  assign new_n770 = pi10 & new_n466;
  assign new_n771 = new_n595 & new_n770;
  assign new_n772 = lo24 & ~new_n595;
  assign new_n773 = ~new_n771 & ~new_n772;
  assign new_n774 = ~new_n566 & ~new_n773;
  assign li24 = new_n769 | new_n774;
  assign new_n776 = lo15 & lo41;
  assign new_n777 = ~lo15 & lo65;
  assign new_n778 = ~new_n776 & ~new_n777;
  assign new_n779 = lo16 & ~new_n778;
  assign new_n780 = lo15 & lo73;
  assign new_n781 = ~lo15 & lo81;
  assign new_n782 = ~new_n780 & ~new_n781;
  assign new_n783 = ~lo16 & ~new_n782;
  assign new_n784 = ~new_n779 & ~new_n783;
  assign new_n785 = lo17 & ~new_n784;
  assign new_n786 = lo15 & lo33;
  assign new_n787 = ~lo15 & lo25;
  assign new_n788 = ~new_n786 & ~new_n787;
  assign new_n789 = lo16 & ~new_n788;
  assign new_n790 = lo15 & lo49;
  assign new_n791 = ~lo15 & lo57;
  assign new_n792 = ~new_n790 & ~new_n791;
  assign new_n793 = ~lo16 & ~new_n792;
  assign new_n794 = ~new_n789 & ~new_n793;
  assign new_n795 = ~lo17 & ~new_n794;
  assign new_n796 = ~new_n785 & ~new_n795;
  assign new_n797 = ~new_n466 & ~new_n796;
  assign new_n798 = new_n566 & new_n797;
  assign new_n799 = pi11 & new_n466;
  assign new_n800 = new_n595 & new_n799;
  assign new_n801 = lo25 & ~new_n595;
  assign new_n802 = ~new_n800 & ~new_n801;
  assign new_n803 = ~new_n566 & ~new_n802;
  assign li25 = new_n798 | new_n803;
  assign new_n805 = new_n546 & new_n564;
  assign new_n806 = ~new_n466 & new_n805;
  assign new_n807 = new_n588 & new_n806;
  assign new_n808 = new_n592 & new_n593;
  assign new_n809 = new_n466 & new_n808;
  assign new_n810 = new_n596 & new_n809;
  assign new_n811 = lo26 & ~new_n809;
  assign new_n812 = ~new_n810 & ~new_n811;
  assign new_n813 = ~new_n806 & ~new_n812;
  assign li26 = new_n807 | new_n813;
  assign new_n815 = new_n623 & new_n806;
  assign new_n816 = new_n625 & new_n809;
  assign new_n817 = lo27 & ~new_n809;
  assign new_n818 = ~new_n816 & ~new_n817;
  assign new_n819 = ~new_n806 & ~new_n818;
  assign li27 = new_n815 | new_n819;
  assign new_n821 = new_n652 & new_n806;
  assign new_n822 = new_n654 & new_n809;
  assign new_n823 = lo28 & ~new_n809;
  assign new_n824 = ~new_n822 & ~new_n823;
  assign new_n825 = ~new_n806 & ~new_n824;
  assign li28 = new_n821 | new_n825;
  assign new_n827 = new_n681 & new_n806;
  assign new_n828 = new_n683 & new_n809;
  assign new_n829 = lo29 & ~new_n809;
  assign new_n830 = ~new_n828 & ~new_n829;
  assign new_n831 = ~new_n806 & ~new_n830;
  assign li29 = new_n827 | new_n831;
  assign new_n833 = new_n710 & new_n806;
  assign new_n834 = new_n712 & new_n809;
  assign new_n835 = lo30 & ~new_n809;
  assign new_n836 = ~new_n834 & ~new_n835;
  assign new_n837 = ~new_n806 & ~new_n836;
  assign li30 = new_n833 | new_n837;
  assign new_n839 = new_n739 & new_n806;
  assign new_n840 = new_n741 & new_n809;
  assign new_n841 = lo31 & ~new_n809;
  assign new_n842 = ~new_n840 & ~new_n841;
  assign new_n843 = ~new_n806 & ~new_n842;
  assign li31 = new_n839 | new_n843;
  assign new_n845 = new_n768 & new_n806;
  assign new_n846 = new_n770 & new_n809;
  assign new_n847 = lo32 & ~new_n809;
  assign new_n848 = ~new_n846 & ~new_n847;
  assign new_n849 = ~new_n806 & ~new_n848;
  assign li32 = new_n845 | new_n849;
  assign new_n851 = new_n797 & new_n806;
  assign new_n852 = new_n799 & new_n809;
  assign new_n853 = lo33 & ~new_n809;
  assign new_n854 = ~new_n852 & ~new_n853;
  assign new_n855 = ~new_n806 & ~new_n854;
  assign li33 = new_n851 | new_n855;
  assign new_n857 = new_n553 & new_n561;
  assign new_n858 = new_n546 & new_n857;
  assign new_n859 = ~new_n466 & new_n858;
  assign new_n860 = new_n588 & new_n859;
  assign new_n861 = new_n590 & new_n591;
  assign new_n862 = new_n593 & new_n861;
  assign new_n863 = new_n466 & new_n862;
  assign new_n864 = new_n596 & new_n863;
  assign new_n865 = lo34 & ~new_n863;
  assign new_n866 = ~new_n864 & ~new_n865;
  assign new_n867 = ~new_n859 & ~new_n866;
  assign li34 = new_n860 | new_n867;
  assign new_n869 = new_n623 & new_n859;
  assign new_n870 = new_n625 & new_n863;
  assign new_n871 = lo35 & ~new_n863;
  assign new_n872 = ~new_n870 & ~new_n871;
  assign new_n873 = ~new_n859 & ~new_n872;
  assign li35 = new_n869 | new_n873;
  assign new_n875 = new_n652 & new_n859;
  assign new_n876 = new_n654 & new_n863;
  assign new_n877 = lo36 & ~new_n863;
  assign new_n878 = ~new_n876 & ~new_n877;
  assign new_n879 = ~new_n859 & ~new_n878;
  assign li36 = new_n875 | new_n879;
  assign new_n881 = new_n681 & new_n859;
  assign new_n882 = new_n683 & new_n863;
  assign new_n883 = lo37 & ~new_n863;
  assign new_n884 = ~new_n882 & ~new_n883;
  assign new_n885 = ~new_n859 & ~new_n884;
  assign li37 = new_n881 | new_n885;
  assign new_n887 = new_n710 & new_n859;
  assign new_n888 = new_n712 & new_n863;
  assign new_n889 = lo38 & ~new_n863;
  assign new_n890 = ~new_n888 & ~new_n889;
  assign new_n891 = ~new_n859 & ~new_n890;
  assign li38 = new_n887 | new_n891;
  assign new_n893 = new_n739 & new_n859;
  assign new_n894 = new_n741 & new_n863;
  assign new_n895 = lo39 & ~new_n863;
  assign new_n896 = ~new_n894 & ~new_n895;
  assign new_n897 = ~new_n859 & ~new_n896;
  assign li39 = new_n893 | new_n897;
  assign new_n899 = new_n768 & new_n859;
  assign new_n900 = new_n770 & new_n863;
  assign new_n901 = lo40 & ~new_n863;
  assign new_n902 = ~new_n900 & ~new_n901;
  assign new_n903 = ~new_n859 & ~new_n902;
  assign li40 = new_n899 | new_n903;
  assign new_n905 = new_n797 & new_n859;
  assign new_n906 = new_n799 & new_n863;
  assign new_n907 = lo41 & ~new_n863;
  assign new_n908 = ~new_n906 & ~new_n907;
  assign new_n909 = ~new_n859 & ~new_n908;
  assign li41 = new_n905 | new_n909;
  assign new_n911 = ~new_n553 & ~new_n561;
  assign new_n912 = new_n546 & new_n911;
  assign new_n913 = ~new_n466 & new_n912;
  assign new_n914 = new_n588 & new_n913;
  assign new_n915 = ~new_n590 & ~new_n591;
  assign new_n916 = new_n593 & new_n915;
  assign new_n917 = new_n466 & new_n916;
  assign new_n918 = new_n596 & new_n917;
  assign new_n919 = lo42 & ~new_n917;
  assign new_n920 = ~new_n918 & ~new_n919;
  assign new_n921 = ~new_n913 & ~new_n920;
  assign li42 = new_n914 | new_n921;
  assign new_n923 = new_n623 & new_n913;
  assign new_n924 = new_n625 & new_n917;
  assign new_n925 = lo43 & ~new_n917;
  assign new_n926 = ~new_n924 & ~new_n925;
  assign new_n927 = ~new_n913 & ~new_n926;
  assign li43 = new_n923 | new_n927;
  assign new_n929 = new_n652 & new_n913;
  assign new_n930 = new_n654 & new_n917;
  assign new_n931 = lo44 & ~new_n917;
  assign new_n932 = ~new_n930 & ~new_n931;
  assign new_n933 = ~new_n913 & ~new_n932;
  assign li44 = new_n929 | new_n933;
  assign new_n935 = new_n681 & new_n913;
  assign new_n936 = new_n683 & new_n917;
  assign new_n937 = lo45 & ~new_n917;
  assign new_n938 = ~new_n936 & ~new_n937;
  assign new_n939 = ~new_n913 & ~new_n938;
  assign li45 = new_n935 | new_n939;
  assign new_n941 = new_n710 & new_n913;
  assign new_n942 = new_n712 & new_n917;
  assign new_n943 = lo46 & ~new_n917;
  assign new_n944 = ~new_n942 & ~new_n943;
  assign new_n945 = ~new_n913 & ~new_n944;
  assign li46 = new_n941 | new_n945;
  assign new_n947 = new_n739 & new_n913;
  assign new_n948 = new_n741 & new_n917;
  assign new_n949 = lo47 & ~new_n917;
  assign new_n950 = ~new_n948 & ~new_n949;
  assign new_n951 = ~new_n913 & ~new_n950;
  assign li47 = new_n947 | new_n951;
  assign new_n953 = new_n768 & new_n913;
  assign new_n954 = new_n770 & new_n917;
  assign new_n955 = lo48 & ~new_n917;
  assign new_n956 = ~new_n954 & ~new_n955;
  assign new_n957 = ~new_n913 & ~new_n956;
  assign li48 = new_n953 | new_n957;
  assign new_n959 = new_n797 & new_n913;
  assign new_n960 = new_n799 & new_n917;
  assign new_n961 = lo49 & ~new_n917;
  assign new_n962 = ~new_n960 & ~new_n961;
  assign new_n963 = ~new_n913 & ~new_n962;
  assign li49 = new_n959 | new_n963;
  assign new_n965 = ~new_n546 & new_n911;
  assign new_n966 = ~new_n466 & new_n965;
  assign new_n967 = new_n588 & new_n966;
  assign new_n968 = ~new_n593 & new_n915;
  assign new_n969 = new_n466 & new_n968;
  assign new_n970 = new_n596 & new_n969;
  assign new_n971 = lo50 & ~new_n969;
  assign new_n972 = ~new_n970 & ~new_n971;
  assign new_n973 = ~new_n966 & ~new_n972;
  assign li50 = new_n967 | new_n973;
  assign new_n975 = new_n623 & new_n966;
  assign new_n976 = new_n625 & new_n969;
  assign new_n977 = lo51 & ~new_n969;
  assign new_n978 = ~new_n976 & ~new_n977;
  assign new_n979 = ~new_n966 & ~new_n978;
  assign li51 = new_n975 | new_n979;
  assign new_n981 = new_n652 & new_n966;
  assign new_n982 = new_n654 & new_n969;
  assign new_n983 = lo52 & ~new_n969;
  assign new_n984 = ~new_n982 & ~new_n983;
  assign new_n985 = ~new_n966 & ~new_n984;
  assign li52 = new_n981 | new_n985;
  assign new_n987 = new_n681 & new_n966;
  assign new_n988 = new_n683 & new_n969;
  assign new_n989 = lo53 & ~new_n969;
  assign new_n990 = ~new_n988 & ~new_n989;
  assign new_n991 = ~new_n966 & ~new_n990;
  assign li53 = new_n987 | new_n991;
  assign new_n993 = new_n710 & new_n966;
  assign new_n994 = new_n712 & new_n969;
  assign new_n995 = lo54 & ~new_n969;
  assign new_n996 = ~new_n994 & ~new_n995;
  assign new_n997 = ~new_n966 & ~new_n996;
  assign li54 = new_n993 | new_n997;
  assign new_n999 = new_n739 & new_n966;
  assign new_n1000 = new_n741 & new_n969;
  assign new_n1001 = lo55 & ~new_n969;
  assign new_n1002 = ~new_n1000 & ~new_n1001;
  assign new_n1003 = ~new_n966 & ~new_n1002;
  assign li55 = new_n999 | new_n1003;
  assign new_n1005 = new_n768 & new_n966;
  assign new_n1006 = new_n770 & new_n969;
  assign new_n1007 = lo56 & ~new_n969;
  assign new_n1008 = ~new_n1006 & ~new_n1007;
  assign new_n1009 = ~new_n966 & ~new_n1008;
  assign li56 = new_n1005 | new_n1009;
  assign new_n1011 = new_n797 & new_n966;
  assign new_n1012 = new_n799 & new_n969;
  assign new_n1013 = lo57 & ~new_n969;
  assign new_n1014 = ~new_n1012 & ~new_n1013;
  assign new_n1015 = ~new_n966 & ~new_n1014;
  assign li57 = new_n1011 | new_n1015;
  assign new_n1017 = ~new_n546 & new_n857;
  assign new_n1018 = ~new_n466 & new_n1017;
  assign new_n1019 = new_n588 & new_n1018;
  assign new_n1020 = ~new_n593 & new_n861;
  assign new_n1021 = new_n466 & new_n1020;
  assign new_n1022 = new_n596 & new_n1021;
  assign new_n1023 = lo58 & ~new_n1021;
  assign new_n1024 = ~new_n1022 & ~new_n1023;
  assign new_n1025 = ~new_n1018 & ~new_n1024;
  assign li58 = new_n1019 | new_n1025;
  assign new_n1027 = new_n623 & new_n1018;
  assign new_n1028 = new_n625 & new_n1021;
  assign new_n1029 = lo59 & ~new_n1021;
  assign new_n1030 = ~new_n1028 & ~new_n1029;
  assign new_n1031 = ~new_n1018 & ~new_n1030;
  assign li59 = new_n1027 | new_n1031;
  assign new_n1033 = new_n652 & new_n1018;
  assign new_n1034 = new_n654 & new_n1021;
  assign new_n1035 = lo60 & ~new_n1021;
  assign new_n1036 = ~new_n1034 & ~new_n1035;
  assign new_n1037 = ~new_n1018 & ~new_n1036;
  assign li60 = new_n1033 | new_n1037;
  assign new_n1039 = new_n681 & new_n1018;
  assign new_n1040 = new_n683 & new_n1021;
  assign new_n1041 = lo61 & ~new_n1021;
  assign new_n1042 = ~new_n1040 & ~new_n1041;
  assign new_n1043 = ~new_n1018 & ~new_n1042;
  assign li61 = new_n1039 | new_n1043;
  assign new_n1045 = new_n710 & new_n1018;
  assign new_n1046 = new_n712 & new_n1021;
  assign new_n1047 = lo62 & ~new_n1021;
  assign new_n1048 = ~new_n1046 & ~new_n1047;
  assign new_n1049 = ~new_n1018 & ~new_n1048;
  assign li62 = new_n1045 | new_n1049;
  assign new_n1051 = new_n739 & new_n1018;
  assign new_n1052 = new_n741 & new_n1021;
  assign new_n1053 = lo63 & ~new_n1021;
  assign new_n1054 = ~new_n1052 & ~new_n1053;
  assign new_n1055 = ~new_n1018 & ~new_n1054;
  assign li63 = new_n1051 | new_n1055;
  assign new_n1057 = new_n768 & new_n1018;
  assign new_n1058 = new_n770 & new_n1021;
  assign new_n1059 = lo64 & ~new_n1021;
  assign new_n1060 = ~new_n1058 & ~new_n1059;
  assign new_n1061 = ~new_n1018 & ~new_n1060;
  assign li64 = new_n1057 | new_n1061;
  assign new_n1063 = new_n797 & new_n1018;
  assign new_n1064 = new_n799 & new_n1021;
  assign new_n1065 = lo65 & ~new_n1021;
  assign new_n1066 = ~new_n1064 & ~new_n1065;
  assign new_n1067 = ~new_n1018 & ~new_n1066;
  assign li65 = new_n1063 | new_n1067;
  assign new_n1069 = ~new_n553 & new_n561;
  assign new_n1070 = new_n546 & new_n1069;
  assign new_n1071 = ~new_n466 & new_n1070;
  assign new_n1072 = new_n588 & new_n1071;
  assign new_n1073 = new_n590 & ~new_n591;
  assign new_n1074 = new_n593 & new_n1073;
  assign new_n1075 = new_n466 & new_n1074;
  assign new_n1076 = new_n596 & new_n1075;
  assign new_n1077 = lo66 & ~new_n1075;
  assign new_n1078 = ~new_n1076 & ~new_n1077;
  assign new_n1079 = ~new_n1071 & ~new_n1078;
  assign li66 = new_n1072 | new_n1079;
  assign new_n1081 = new_n623 & new_n1071;
  assign new_n1082 = new_n625 & new_n1075;
  assign new_n1083 = lo67 & ~new_n1075;
  assign new_n1084 = ~new_n1082 & ~new_n1083;
  assign new_n1085 = ~new_n1071 & ~new_n1084;
  assign li67 = new_n1081 | new_n1085;
  assign new_n1087 = new_n652 & new_n1071;
  assign new_n1088 = new_n654 & new_n1075;
  assign new_n1089 = lo68 & ~new_n1075;
  assign new_n1090 = ~new_n1088 & ~new_n1089;
  assign new_n1091 = ~new_n1071 & ~new_n1090;
  assign li68 = new_n1087 | new_n1091;
  assign new_n1093 = new_n681 & new_n1071;
  assign new_n1094 = new_n683 & new_n1075;
  assign new_n1095 = lo69 & ~new_n1075;
  assign new_n1096 = ~new_n1094 & ~new_n1095;
  assign new_n1097 = ~new_n1071 & ~new_n1096;
  assign li69 = new_n1093 | new_n1097;
  assign new_n1099 = new_n710 & new_n1071;
  assign new_n1100 = new_n712 & new_n1075;
  assign new_n1101 = lo70 & ~new_n1075;
  assign new_n1102 = ~new_n1100 & ~new_n1101;
  assign new_n1103 = ~new_n1071 & ~new_n1102;
  assign li70 = new_n1099 | new_n1103;
  assign new_n1105 = new_n739 & new_n1071;
  assign new_n1106 = new_n741 & new_n1075;
  assign new_n1107 = lo71 & ~new_n1075;
  assign new_n1108 = ~new_n1106 & ~new_n1107;
  assign new_n1109 = ~new_n1071 & ~new_n1108;
  assign li71 = new_n1105 | new_n1109;
  assign new_n1111 = new_n768 & new_n1071;
  assign new_n1112 = new_n770 & new_n1075;
  assign new_n1113 = lo72 & ~new_n1075;
  assign new_n1114 = ~new_n1112 & ~new_n1113;
  assign new_n1115 = ~new_n1071 & ~new_n1114;
  assign li72 = new_n1111 | new_n1115;
  assign new_n1117 = new_n797 & new_n1071;
  assign new_n1118 = new_n799 & new_n1075;
  assign new_n1119 = lo73 & ~new_n1075;
  assign new_n1120 = ~new_n1118 & ~new_n1119;
  assign new_n1121 = ~new_n1071 & ~new_n1120;
  assign li73 = new_n1117 | new_n1121;
  assign new_n1123 = ~new_n546 & new_n1069;
  assign new_n1124 = ~new_n466 & new_n1123;
  assign new_n1125 = new_n588 & new_n1124;
  assign new_n1126 = ~new_n593 & new_n1073;
  assign new_n1127 = new_n466 & new_n1126;
  assign new_n1128 = new_n596 & new_n1127;
  assign new_n1129 = lo74 & ~new_n1127;
  assign new_n1130 = ~new_n1128 & ~new_n1129;
  assign new_n1131 = ~new_n1124 & ~new_n1130;
  assign li74 = new_n1125 | new_n1131;
  assign new_n1133 = new_n623 & new_n1124;
  assign new_n1134 = new_n625 & new_n1127;
  assign new_n1135 = lo75 & ~new_n1127;
  assign new_n1136 = ~new_n1134 & ~new_n1135;
  assign new_n1137 = ~new_n1124 & ~new_n1136;
  assign li75 = new_n1133 | new_n1137;
  assign new_n1139 = new_n652 & new_n1124;
  assign new_n1140 = new_n654 & new_n1127;
  assign new_n1141 = lo76 & ~new_n1127;
  assign new_n1142 = ~new_n1140 & ~new_n1141;
  assign new_n1143 = ~new_n1124 & ~new_n1142;
  assign li76 = new_n1139 | new_n1143;
  assign new_n1145 = new_n681 & new_n1124;
  assign new_n1146 = new_n683 & new_n1127;
  assign new_n1147 = lo77 & ~new_n1127;
  assign new_n1148 = ~new_n1146 & ~new_n1147;
  assign new_n1149 = ~new_n1124 & ~new_n1148;
  assign li77 = new_n1145 | new_n1149;
  assign new_n1151 = new_n710 & new_n1124;
  assign new_n1152 = new_n712 & new_n1127;
  assign new_n1153 = lo78 & ~new_n1127;
  assign new_n1154 = ~new_n1152 & ~new_n1153;
  assign new_n1155 = ~new_n1124 & ~new_n1154;
  assign li78 = new_n1151 | new_n1155;
  assign new_n1157 = new_n739 & new_n1124;
  assign new_n1158 = new_n741 & new_n1127;
  assign new_n1159 = lo79 & ~new_n1127;
  assign new_n1160 = ~new_n1158 & ~new_n1159;
  assign new_n1161 = ~new_n1124 & ~new_n1160;
  assign li79 = new_n1157 | new_n1161;
  assign new_n1163 = new_n768 & new_n1124;
  assign new_n1164 = new_n770 & new_n1127;
  assign new_n1165 = lo80 & ~new_n1127;
  assign new_n1166 = ~new_n1164 & ~new_n1165;
  assign new_n1167 = ~new_n1124 & ~new_n1166;
  assign li80 = new_n1163 | new_n1167;
  assign new_n1169 = new_n797 & new_n1124;
  assign new_n1170 = new_n799 & new_n1127;
  assign new_n1171 = lo81 & ~new_n1127;
  assign new_n1172 = ~new_n1170 & ~new_n1171;
  assign new_n1173 = ~new_n1124 & ~new_n1172;
  assign li81 = new_n1169 | new_n1173;
  assign new_n1175 = lo10 & lo11;
  assign new_n1176 = ~new_n464 & ~new_n1175;
  assign po0 = ~new_n465 & ~new_n1176;
  always @ (posedge clock) begin
    lo00 <= li00;
    lo01 <= li01;
    lo02 <= li02;
    lo03 <= li03;
    lo04 <= li04;
    lo05 <= li05;
    lo06 <= li06;
    lo07 <= li07;
    lo08 <= li08;
    lo09 <= li09;
    lo10 <= li10;
    lo11 <= li11;
    lo12 <= li12;
    lo13 <= li13;
    lo14 <= li14;
    lo15 <= li15;
    lo16 <= li16;
    lo17 <= li17;
    lo18 <= li18;
    lo19 <= li19;
    lo20 <= li20;
    lo21 <= li21;
    lo22 <= li22;
    lo23 <= li23;
    lo24 <= li24;
    lo25 <= li25;
    lo26 <= li26;
    lo27 <= li27;
    lo28 <= li28;
    lo29 <= li29;
    lo30 <= li30;
    lo31 <= li31;
    lo32 <= li32;
    lo33 <= li33;
    lo34 <= li34;
    lo35 <= li35;
    lo36 <= li36;
    lo37 <= li37;
    lo38 <= li38;
    lo39 <= li39;
    lo40 <= li40;
    lo41 <= li41;
    lo42 <= li42;
    lo43 <= li43;
    lo44 <= li44;
    lo45 <= li45;
    lo46 <= li46;
    lo47 <= li47;
    lo48 <= li48;
    lo49 <= li49;
    lo50 <= li50;
    lo51 <= li51;
    lo52 <= li52;
    lo53 <= li53;
    lo54 <= li54;
    lo55 <= li55;
    lo56 <= li56;
    lo57 <= li57;
    lo58 <= li58;
    lo59 <= li59;
    lo60 <= li60;
    lo61 <= li61;
    lo62 <= li62;
    lo63 <= li63;
    lo64 <= li64;
    lo65 <= li65;
    lo66 <= li66;
    lo67 <= li67;
    lo68 <= li68;
    lo69 <= li69;
    lo70 <= li70;
    lo71 <= li71;
    lo72 <= li72;
    lo73 <= li73;
    lo74 <= li74;
    lo75 <= li75;
    lo76 <= li76;
    lo77 <= li77;
    lo78 <= li78;
    lo79 <= li79;
    lo80 <= li80;
    lo81 <= li81;
  end
  initial begin
    lo00 <= 1'b0;
    lo01 <= 1'b0;
    lo02 <= 1'b0;
    lo03 <= 1'b0;
    lo04 <= 1'b0;
    lo05 <= 1'b0;
    lo06 <= 1'b0;
    lo07 <= 1'b0;
    lo08 <= 1'b0;
    lo09 <= 1'b0;
    lo10 <= 1'b0;
    lo11 <= 1'b0;
    lo12 <= 1'b0;
    lo13 <= 1'b0;
    lo14 <= 1'b0;
    lo15 <= 1'b0;
    lo16 <= 1'b0;
    lo17 <= 1'b0;
    lo18 <= 1'b0;
    lo19 <= 1'b0;
    lo20 <= 1'b0;
    lo21 <= 1'b0;
    lo22 <= 1'b0;
    lo23 <= 1'b0;
    lo24 <= 1'b0;
    lo25 <= 1'b0;
    lo26 <= 1'b0;
    lo27 <= 1'b0;
    lo28 <= 1'b0;
    lo29 <= 1'b0;
    lo30 <= 1'b0;
    lo31 <= 1'b0;
    lo32 <= 1'b0;
    lo33 <= 1'b0;
    lo34 <= 1'b0;
    lo35 <= 1'b0;
    lo36 <= 1'b0;
    lo37 <= 1'b0;
    lo38 <= 1'b0;
    lo39 <= 1'b0;
    lo40 <= 1'b0;
    lo41 <= 1'b0;
    lo42 <= 1'b0;
    lo43 <= 1'b0;
    lo44 <= 1'b0;
    lo45 <= 1'b0;
    lo46 <= 1'b0;
    lo47 <= 1'b0;
    lo48 <= 1'b0;
    lo49 <= 1'b0;
    lo50 <= 1'b0;
    lo51 <= 1'b0;
    lo52 <= 1'b0;
    lo53 <= 1'b0;
    lo54 <= 1'b0;
    lo55 <= 1'b0;
    lo56 <= 1'b0;
    lo57 <= 1'b0;
    lo58 <= 1'b0;
    lo59 <= 1'b0;
    lo60 <= 1'b0;
    lo61 <= 1'b0;
    lo62 <= 1'b0;
    lo63 <= 1'b0;
    lo64 <= 1'b0;
    lo65 <= 1'b0;
    lo66 <= 1'b0;
    lo67 <= 1'b0;
    lo68 <= 1'b0;
    lo69 <= 1'b0;
    lo70 <= 1'b0;
    lo71 <= 1'b0;
    lo72 <= 1'b0;
    lo73 <= 1'b0;
    lo74 <= 1'b0;
    lo75 <= 1'b0;
    lo76 <= 1'b0;
    lo77 <= 1'b0;
    lo78 <= 1'b0;
    lo79 <= 1'b0;
    lo80 <= 1'b0;
    lo81 <= 1'b0;
  end
endmodule